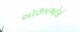
સોઉમઓરો